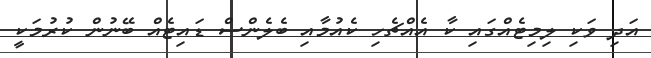
އަދި ވަކި ލިމިޓެއްގައި ކާ އެއްޗެހި ކެއުމާއި ބެލެންސް ޑައިޓެއް ބޭނުން ކުރުމަކީ